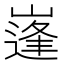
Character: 𱜉